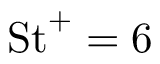
\mathrm { S t } ^ { + } = 6